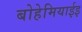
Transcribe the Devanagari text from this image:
बोहेमियाईइ